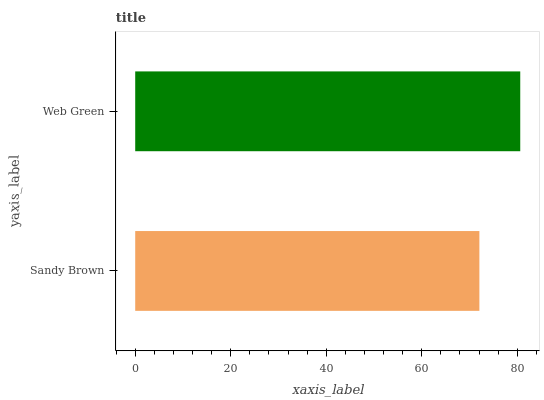
| yaxis_label | bars |
 | --- | --- |
 | Sandy Brown | 72.1 |
 | Web Green | 80.6 |